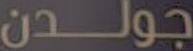
جولدن